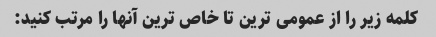
کلمه زیر را از عمومی ترین تا خاص ترین آنها را مرتب کنید: